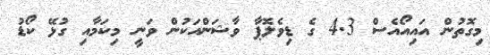
މިގޮތުން އައިއޯއެސް 4.3 ގެ ޑިވެލޮޕާ ވާޝަންއަކުން ވަނީ މިކަމާއި ގުޅޭ ކޯޑު